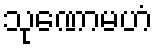
သုဏောမဟံ